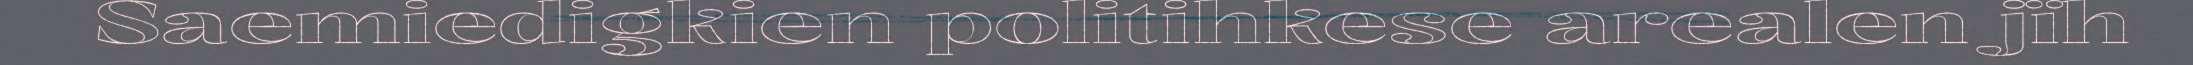
Saemiedigkien politihkese arealen jïh